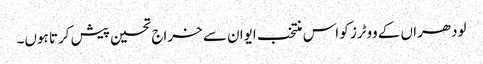
لودھراں کے ووٹرز کو اس منتخب ایوان سے خراج تحسین پیش کرتا ہوں۔